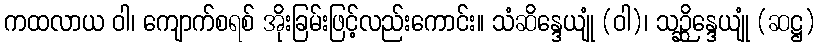
ကထလာယ ဝါ၊ ကျောက်စရစ် အိုးခြမ်းဖြင့်လည်းကောင်း။ သံဆိန္ဒေယျုံ (ဝါ)၊ သဉ္ဆိန္ဒေယျုံ (ဆဋ္ဌ)